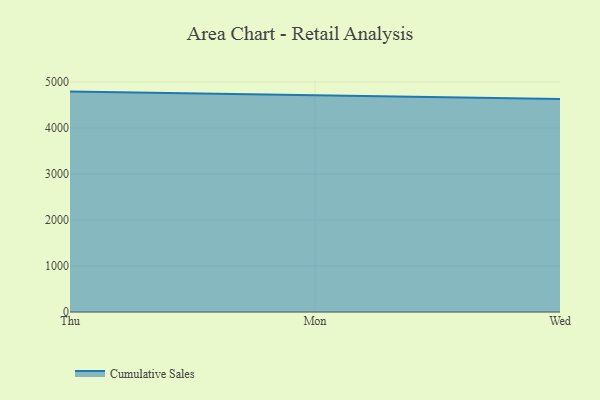
{"axis": {"x": "Day", "y": "Shipments"}, "legend": ["Cumulative Sales"], "data": [{"x": "Thu", "y": 4791.8, "type": "Cumulative Sales"}, {"x": "Mon", "y": 4711.9, "type": "Cumulative Sales"}, {"x": "Wed", "y": 4631.1, "type": "Cumulative Sales"}]}